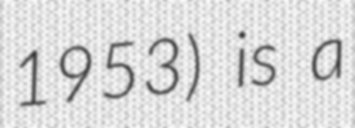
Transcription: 1953) is a